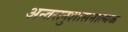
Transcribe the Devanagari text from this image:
अन्तरानुशासनात्मक